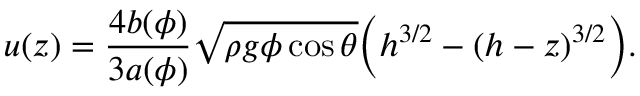
u ( z ) = \frac { 4 b ( \phi ) } { 3 a ( \phi ) } \sqrt { \rho g \phi \cos \theta } \Big ( h ^ { 3 / 2 } - ( h - z ) ^ { 3 / 2 } \Big ) .